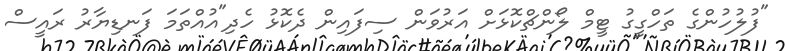
"ފުލުހުންގެ ތަހްގީގު ޓީމް ލޯންޗްކޮޅަށް އަރުވަން ސިފައިން ދެކޮޅު ހެދި"އުއްތަމަ ފަނޑިޔާރު ރައީސް